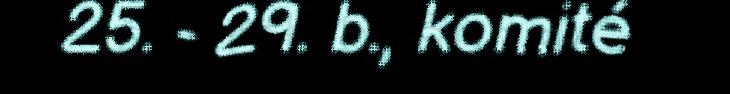
25. - 29. b., komité